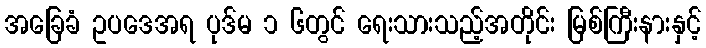
အခြေခံ ဥပဒေအရ ပုဒ်မ ၁ ၆တွင် ရေးသားသည့်အတိုင်း မြစ်ကြီးနားနှင့်